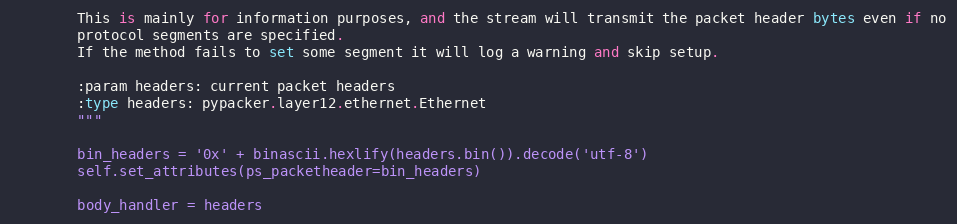
Language: Python
        This is mainly for information purposes, and the stream will transmit the packet header bytes even if no
        protocol segments are specified.
        If the method fails to set some segment it will log a warning and skip setup.

        :param headers: current packet headers
        :type headers: pypacker.layer12.ethernet.Ethernet
        """

        bin_headers = '0x' + binascii.hexlify(headers.bin()).decode('utf-8')
        self.set_attributes(ps_packetheader=bin_headers)

        body_handler = headers